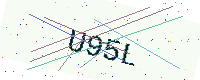
Text: U95L